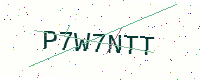
Text: P7W7NTT